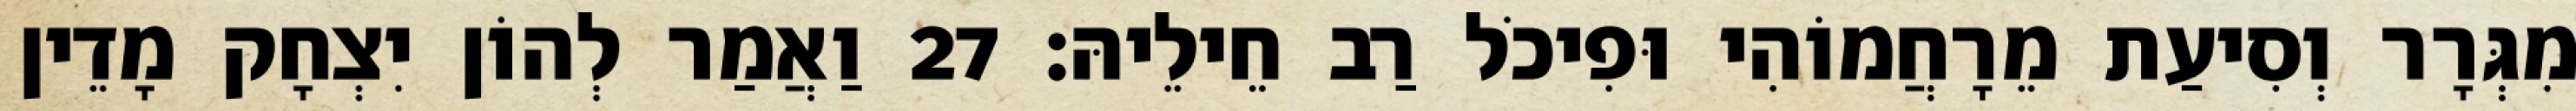
מִגְּרָר וְסִיעַת מֵרָחֲמוֹהִי וּפִיכֹל רַב חֵילֵיהּ׃ 27 וַאֲמַר לְהוֹן יִצְחָק מָדֵין